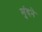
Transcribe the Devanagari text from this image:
मुंदने